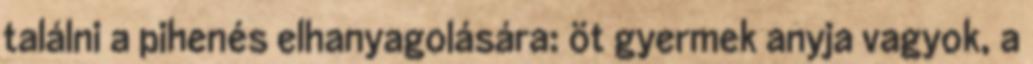
találni a pihenés elhanyagolására: öt gyermek anyja vagyok, a